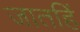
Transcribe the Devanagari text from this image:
जातहिं